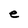
Character: e